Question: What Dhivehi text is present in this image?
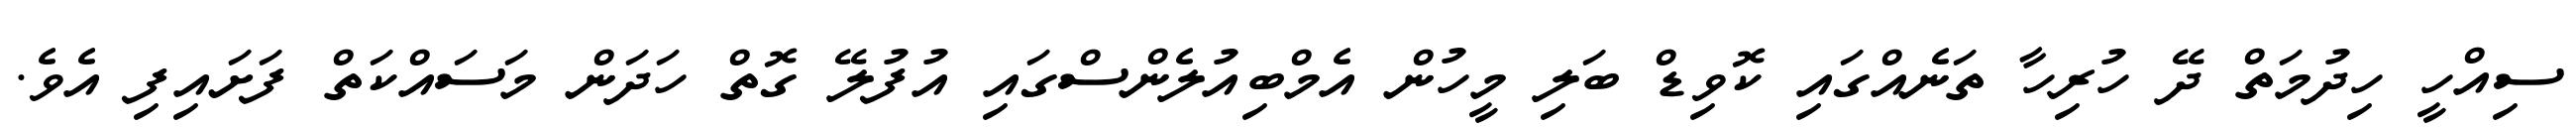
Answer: ސިއްހީ ހިދުމަތް ދޭ ހުރިހާ ތަނެއްގައި ކޮވިޑް ބަލި މީހުން އެމްބިއުލެންސްގައި އުފުލޭ ގޮތް ހަދަން މަސައްކަތް ފަށައިފި އެވެ.